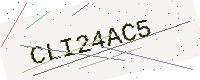
Text: CLI24AC5